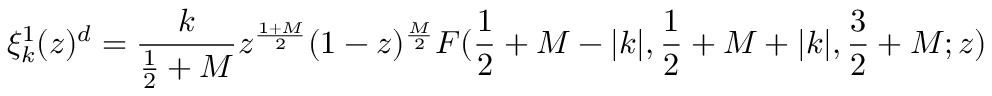
\xi _ { k } ^ { 1 } ( z ) ^ { d } = \frac { k } { \frac { 1 } { 2 } + M } z ^ { \frac { 1 + M } { 2 } } ( 1 - z ) ^ { \frac { M } { 2 } } F ( \frac { 1 } { 2 } + M - | k | , \frac { 1 } { 2 } + M + | k | , \frac { 3 } { 2 } + M ; z )